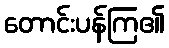
တောင်းပန်ကြ၏